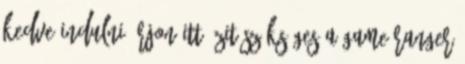
kedve indulni írjon itt üzit szükséges a Game Ranger